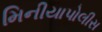
મિનીયાપોલીસ